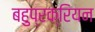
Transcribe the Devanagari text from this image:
बहुप्रक्रियन